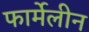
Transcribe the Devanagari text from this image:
फार्मेलीन